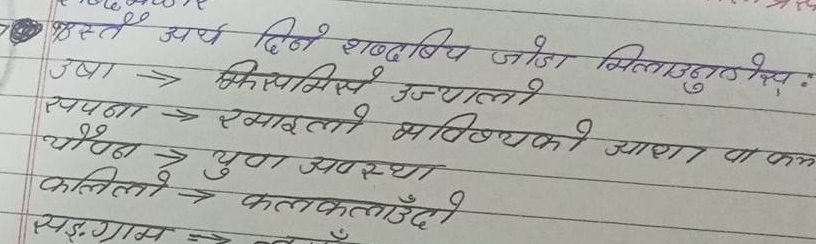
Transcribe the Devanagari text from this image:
१) बस्तु अर्थ दिन शब्दबिच जोडा मिलाउनुहोस्:
उषा -> मिसमिस उज्यालो
सपना -> रमाईलो भविष्यको आशा वा कल्प
यौवन -> युवा अवस्था
कलिलो -> कलकलाउँदो
सङ्ग्राम ->